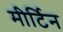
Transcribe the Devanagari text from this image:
मीर्टिन